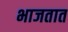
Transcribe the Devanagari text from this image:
भाजतात